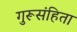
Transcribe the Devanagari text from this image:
गुरूसंहिता